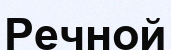
Речной